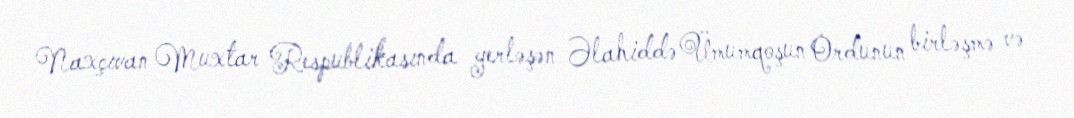
Naxçıvan Muxtar Respublikasında yerləşən Əlahiddə Ümumqoşun Ordunun birləşmə və